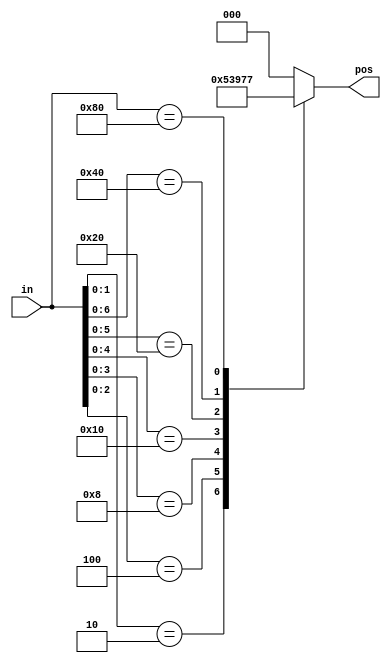
// Build a priority encoder for 8-bit inputs. Given an 8-bit vector, the output should report the first bit in the vector that is 1. Report zero if the input vector has no bits that are high. For example, the input 8'b10010000 should output 3'd4, because bit[4] is first bit that is high.

// synthesis verilog_input_version verilog_2001
module top_module (
    input [7:0] in,
    output reg [2:0] pos  );
    
    always@(*) begin
        casez(in)
            8'bzzzzzzz1:begin pos=3'd0;end
            8'bzzzzzz10:begin pos=3'd1;end
            8'bzzzzz100:begin pos=3'd2;end
            8'bzzzz1000:begin pos=3'd3;end
            8'bzzz10000:begin pos=3'd4;end
            8'bzz100000:begin pos=3'd5;end
            8'bz1000000:begin pos=3'd6;end
            8'b10000000:begin pos=3'd7;end
            default:begin pos=3'd0; end
        endcase   
    end
endmodule